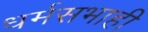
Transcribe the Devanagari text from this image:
धर्मसभाही